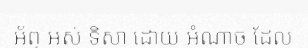
អ័ព្ទ អស់ ទិសា ដោយ អំណាច ដែល